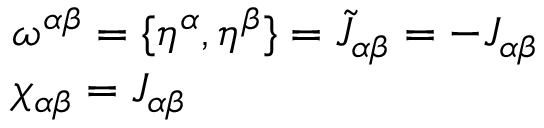
\begin{array} { l } { { \omega ^ { \alpha \beta } = \{ \eta ^ { \alpha } , \eta ^ { \beta } \} = \tilde { J } _ { \alpha \beta } = - J _ { \alpha \beta } } } \\ { { \chi _ { \alpha \beta } = J _ { \alpha \beta } } } \end{array}